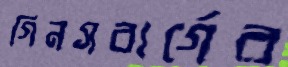
গিনসবার্গের